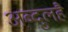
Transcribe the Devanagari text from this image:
अब्दुलहै